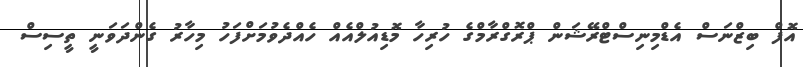
އޮފް ބިޒްނަސް އެޑްމިނިސްޓްރޭޝަން ޕްރޮގްރާމްގެ ހުރިހާ މޮޑިއުލްއެއް ހެއްދެވުމަށްފަހު މިހާރު ގެންދަވަނީ ތީސިސް